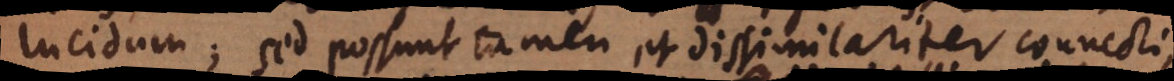
lucidum; sed possunt tamen et dissimilariter connecti,